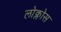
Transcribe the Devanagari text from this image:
लोक्लोस